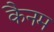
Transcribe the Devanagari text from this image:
कैनम